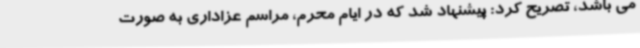
می باشد، تصریح کرد: پیشنهاد شد که در ایام محرم، مراسم عزاداری به صورت